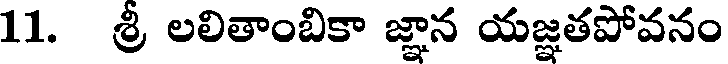
11. శ్రీ లలితాంబికా జ్ఞాన యజ్ఞతపోవనం